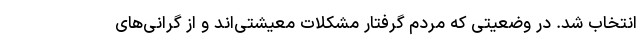
انتخاب شد. در وضعیتی که مردم گرفتار مشکلات معیشتی‌اند و از گرانی‌های